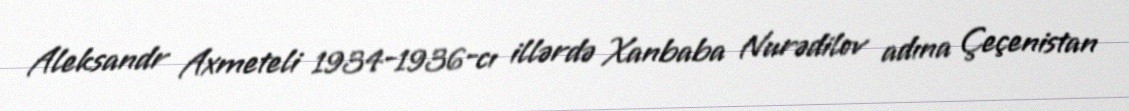
Aleksandr Axmeteli 1934-1936-cı illərdə Xanbaba Nurədilov adına Çeçenistan